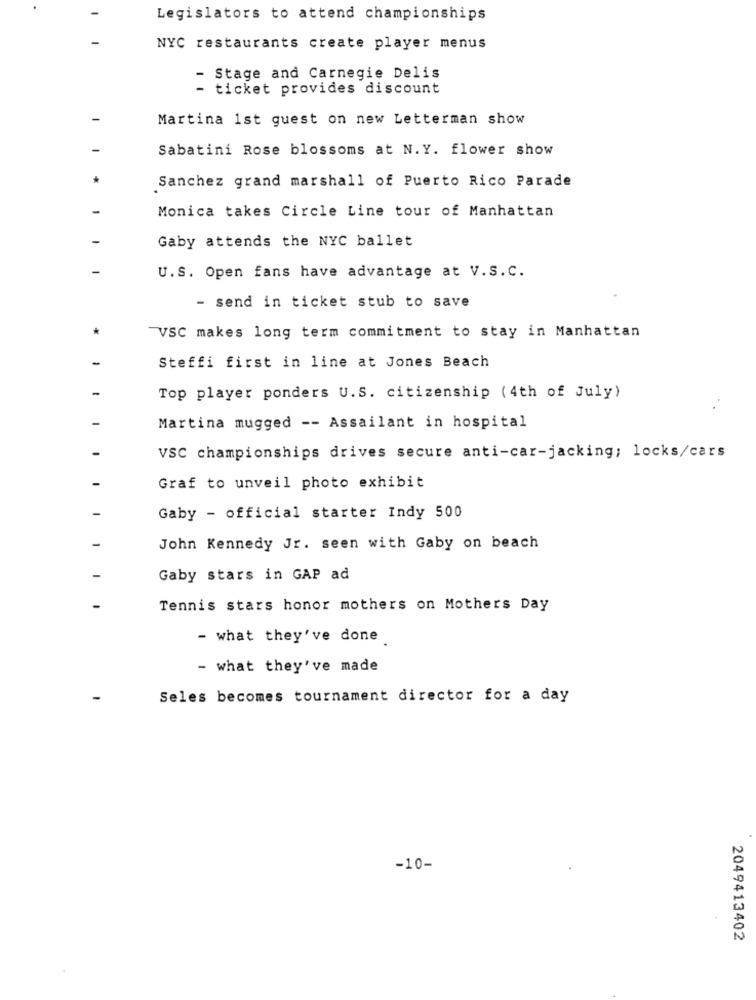
Legislators to attend championships
NYC restaurants create player menus
- Stage and Carnegie Delis
- ticket provides discount
Martina 1st guest on new Letterman show
Sabatini Rose blossoms at N.Y. flower show
Sanchez grand marshall of Puerto Rico Parade
Monica takes Circle Line tour of Manhattan
Gaby attends the NYC ballet
U.S. Open fans have advantage at V.S.C.
- send in ticket stub to save
VSC makes long term commitment to stay in Manhattan
Steffi first in line at Jones Beach
Top player ponders U.S. citizenship ( 4th of July)
Martina mugged -- Assailant in hospital
VSC championships drives secure anti-car-jacking; locks/cars
Graf to unveil photo exhibit
Gaby - official starter Indy 500
John Kennedy Jr. seen with Gaby on beach
Gaby stars in GAP ad
Tennis stars honor mothers on Mothers Day
- what they've done
- what they've made
Seles becomes tournament director for a day
-10-
2049413402